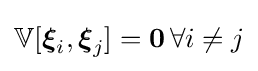
\mathbb {V} [{\boldsymbol {\xi }}_{i},{\boldsymbol {\xi }}_{j}]=\mathbf {0} \,\forall i\neq j